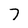
Character: 7